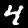
Digit: 4